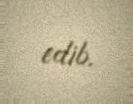
edib.